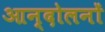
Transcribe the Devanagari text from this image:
आन्‍दोलनों